Indian Civil Veterinary Department memoirs
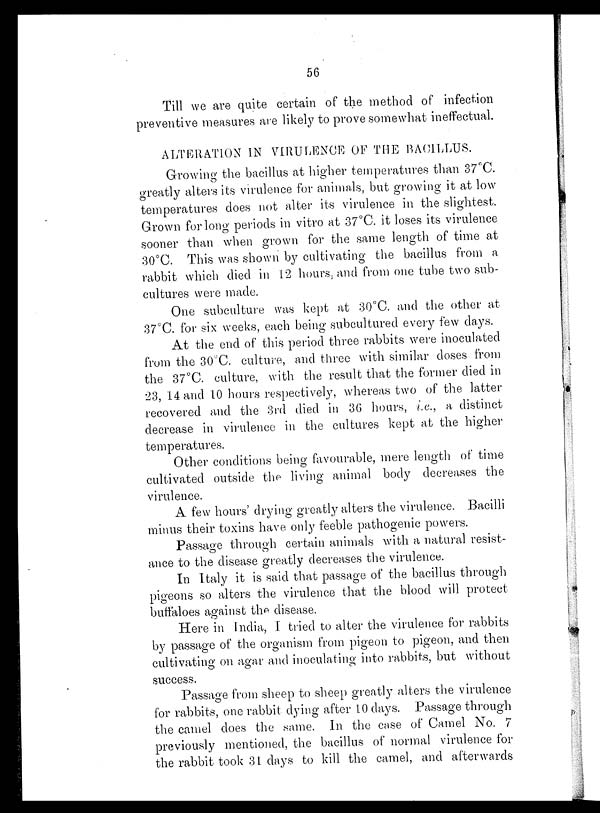
56
Till we are quite certain of the method of infection
preventive measures are likely to prove somewhat ineffectual.
ALTERATION IN VIRULENCE OF THE BACILLUS.
Growing the bacillus at higher temperatures than 37°C.
greatly alters its virulence for animals, but growing it at low
temperatures does not alter its virulence in the slightest.
Grown for long periods in vitro at 37°C. it loses its virulence
sooner than when grown for the same length of time at
30°C. This was shown by cultivating the bacillus from a
rabbit which died in 12 hours, and from one tube two sub-
cultures were made.
One subculture was kept at 30°C. and the other at
37°C. for six weeks, each being subcultured every few days.
At the end of this period three rabbits were inoculated
from the 30°C. culture, and three with similar doses from
the 37°C. culture, with the result that the former died in
23, 14 and 10 hours respectively, whereas two of the latter
recovered and the 3rd died in 36 hours, i.e., a distinct
decrease in virulence in the cultures kept at the higher
temperatures.
Other conditions being favourable, mere length of time
cultivated outside the living animal body decreases the
virulence.
A few hours' drying greatly alters the virulence. Bacilli
minus their toxins have only feeble pathogenic powers.
Passage through certain animals with a natural resist-
ance to the disease greatly decreases the virulence.
In Italy it is said that passage of the bacillus through
pigeons so alters the virulence that the blood will protect
buffaloes against the disease.
Here in India, I tried to alter the virulence for rabbits
by passage of the organism from pigeon to pigeon, and then
cultivating on agar and inoculating into rabbits, but without
success.
Passage from sheep to sheep greatly alters the virulence
for rabbits, one rabbit dying after 10 days. Passage through
the camel does the same. In the case of Camel No. 7
previously mentioned, the bacillus of normal virulence for
the rabbit took 31 days to kill the camel, and afterwards